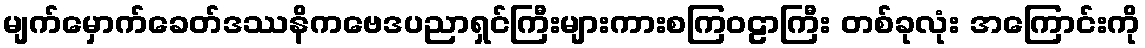
မျက်မှောက်ခေတ်ဒဿနိကဗေဒပညာရှင်ကြီးများကားစကြဝဠာကြီး တစ်ခုလုံး အကြောင်းကို